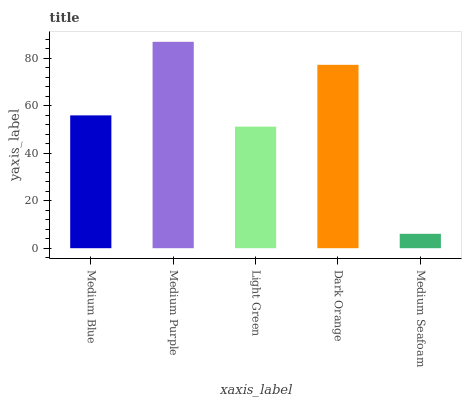
| xaxis_label | bars |
 | --- | --- |
 | Medium Blue | 56 |
 | Medium Purple | 86.9 |
 | Light Green | 51.2 |
 | Dark Orange | 77.3 |
 | Medium Seafoam | 6.07 |